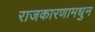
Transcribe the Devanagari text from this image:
राजकारणामधुन